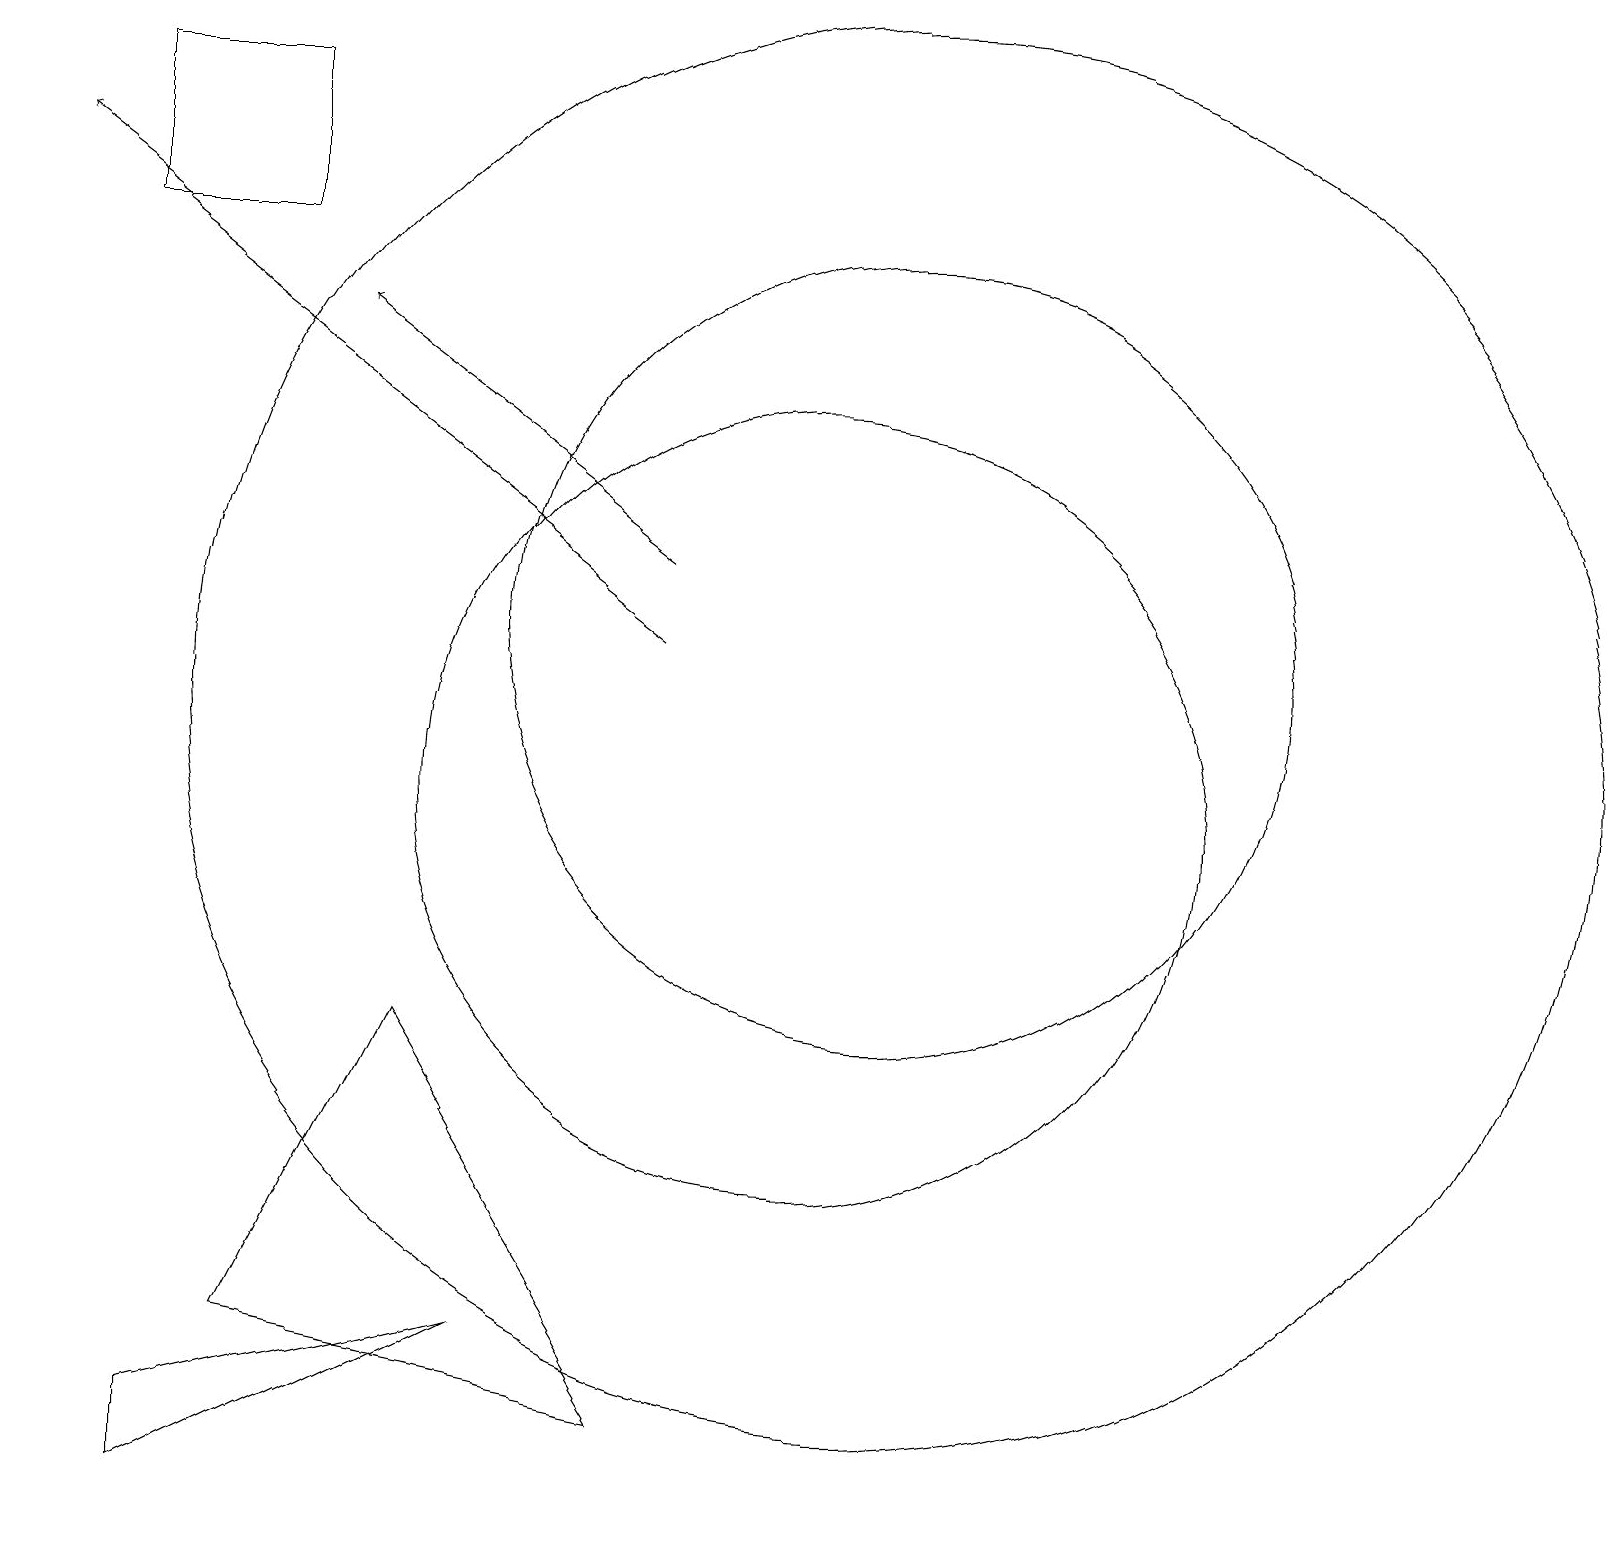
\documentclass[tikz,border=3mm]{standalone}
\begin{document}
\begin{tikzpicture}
\draw (2,1) -- (6,3) -- (2,2) -- cycle;
\draw (11,12) circle (5);
\draw[->] (8,12) -- (0,18);
\draw (10,10) circle (5);
\draw (5,7) -- (8,2) -- (3,3) -- cycle;
\draw[->] (8,13) -- (4,16);
\draw (3,17) rectangle (1,19);
\draw (11,11) circle (9);
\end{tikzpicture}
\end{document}